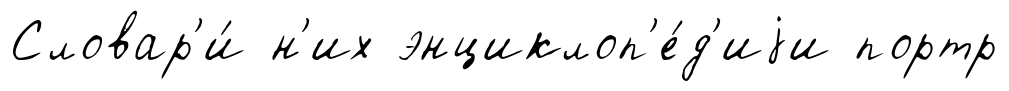
Словар'и́ н'их энциклоп'е́д'иjи портр